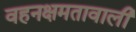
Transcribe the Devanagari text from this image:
वहनक्षमतावाली